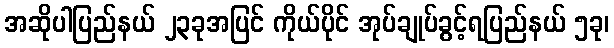
အဆိုပါပြည်နယ် ၂၃ခုအပြင် ကိုယ်ပိုင် အုပ်ချုပ်ခွင့်ရပြည်နယ် ၅ခု၊